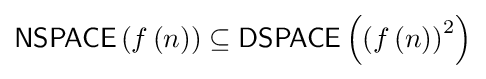
{\mathsf {NSPACE}}\left(f\left(n\right)\right)\subseteq {\mathsf {DSPACE}}\left(\left(f\left(n\right)\right)^{2}\right)